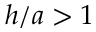
h / a > 1